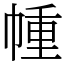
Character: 㡖